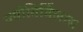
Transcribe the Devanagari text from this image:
ज्योतिर्विलास